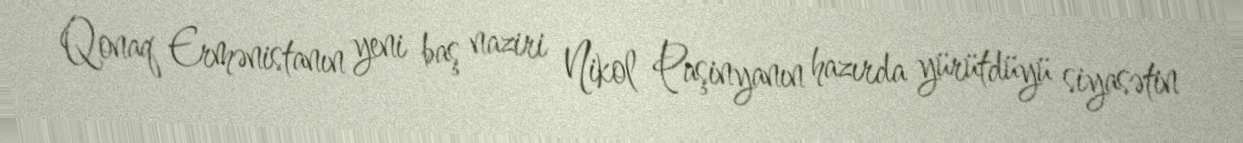
Qonaq Ermənistanın yeni baş naziri Nikol Paşinyanın hazırda yürütdüyü siyasətin